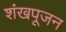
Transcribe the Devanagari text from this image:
शंखपूजन